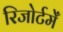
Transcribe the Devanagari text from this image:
रिजोर्टमेँ